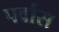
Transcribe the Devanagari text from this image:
पर्वास